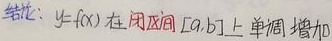
结论：$y = f(x)$在闭区间$[a,b]$上单调增加